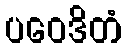
ပဝေဒိတံ